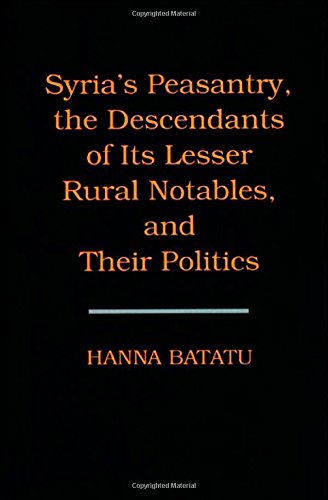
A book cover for Syria's Peasantry, the Descendants of Its Lesser Rural Notables, and Their Politics; Hanna Batatu; History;